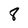
Character: 8